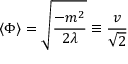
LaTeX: \langle \Phi \rangle = { \sqrt { \frac { - m ^ { 2 } } { 2 \lambda } } } \equiv { \frac { v } { \sqrt { 2 } } }